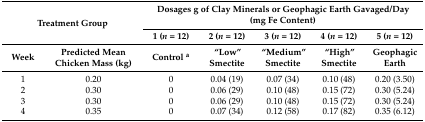
<table><thead><tr><td rowspan="2" colspan="2"><b>Treatment Group</b></td><td colspan="5"><b>Dosages g of Clay Minerals or Geophagic Earth Gavaged/Day (mg Fe Content)</b></td></tr><tr><td><b>1 (<i>n</i> = 12)</b></td><td><b>2 (<i>n</i> = 12)</b></td><td><b>3 (<i>n</i> = 12)</b></td><td><b>4 (<i>n</i> = 12)</b></td><td><b>5 (<i>n</i> = 12)</b></td></tr><tr><td><b>Week</b></td><td><b>Predicted Mean Chicken Mass (kg)</b></td><td><b>Control <sup>a</sup></b></td><td><b>“Low” Smectite</b></td><td><b>“Medium” Smectite</b></td><td><b>“High” Smectite</b></td><td><b>Geophagic Earth</b></td></tr></thead><tbody><tr><td>1</td><td>0.20</td><td>0</td><td>0.04 (19)</td><td>0.07 (34)</td><td>0.10 (48)</td><td>0.20 (3.50)</td></tr><tr><td>2</td><td>0.30</td><td>0</td><td>0.06 (29)</td><td>0.10 (48)</td><td>0.15 (72)</td><td>0.30 (5.24)</td></tr><tr><td>3</td><td>0.30</td><td>0</td><td>0.06 (29)</td><td>0.10 (48)</td><td>0.15 (72)</td><td>0.30 (5.24)</td></tr><tr><td>4</td><td>0.35</td><td>0</td><td>0.07 (34)</td><td>0.12 (58)</td><td>0.17 (82)</td><td>0.35 (6.12)</td></tr></tbody></table>